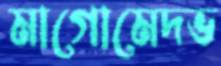
মাগোমেদভ